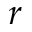
r